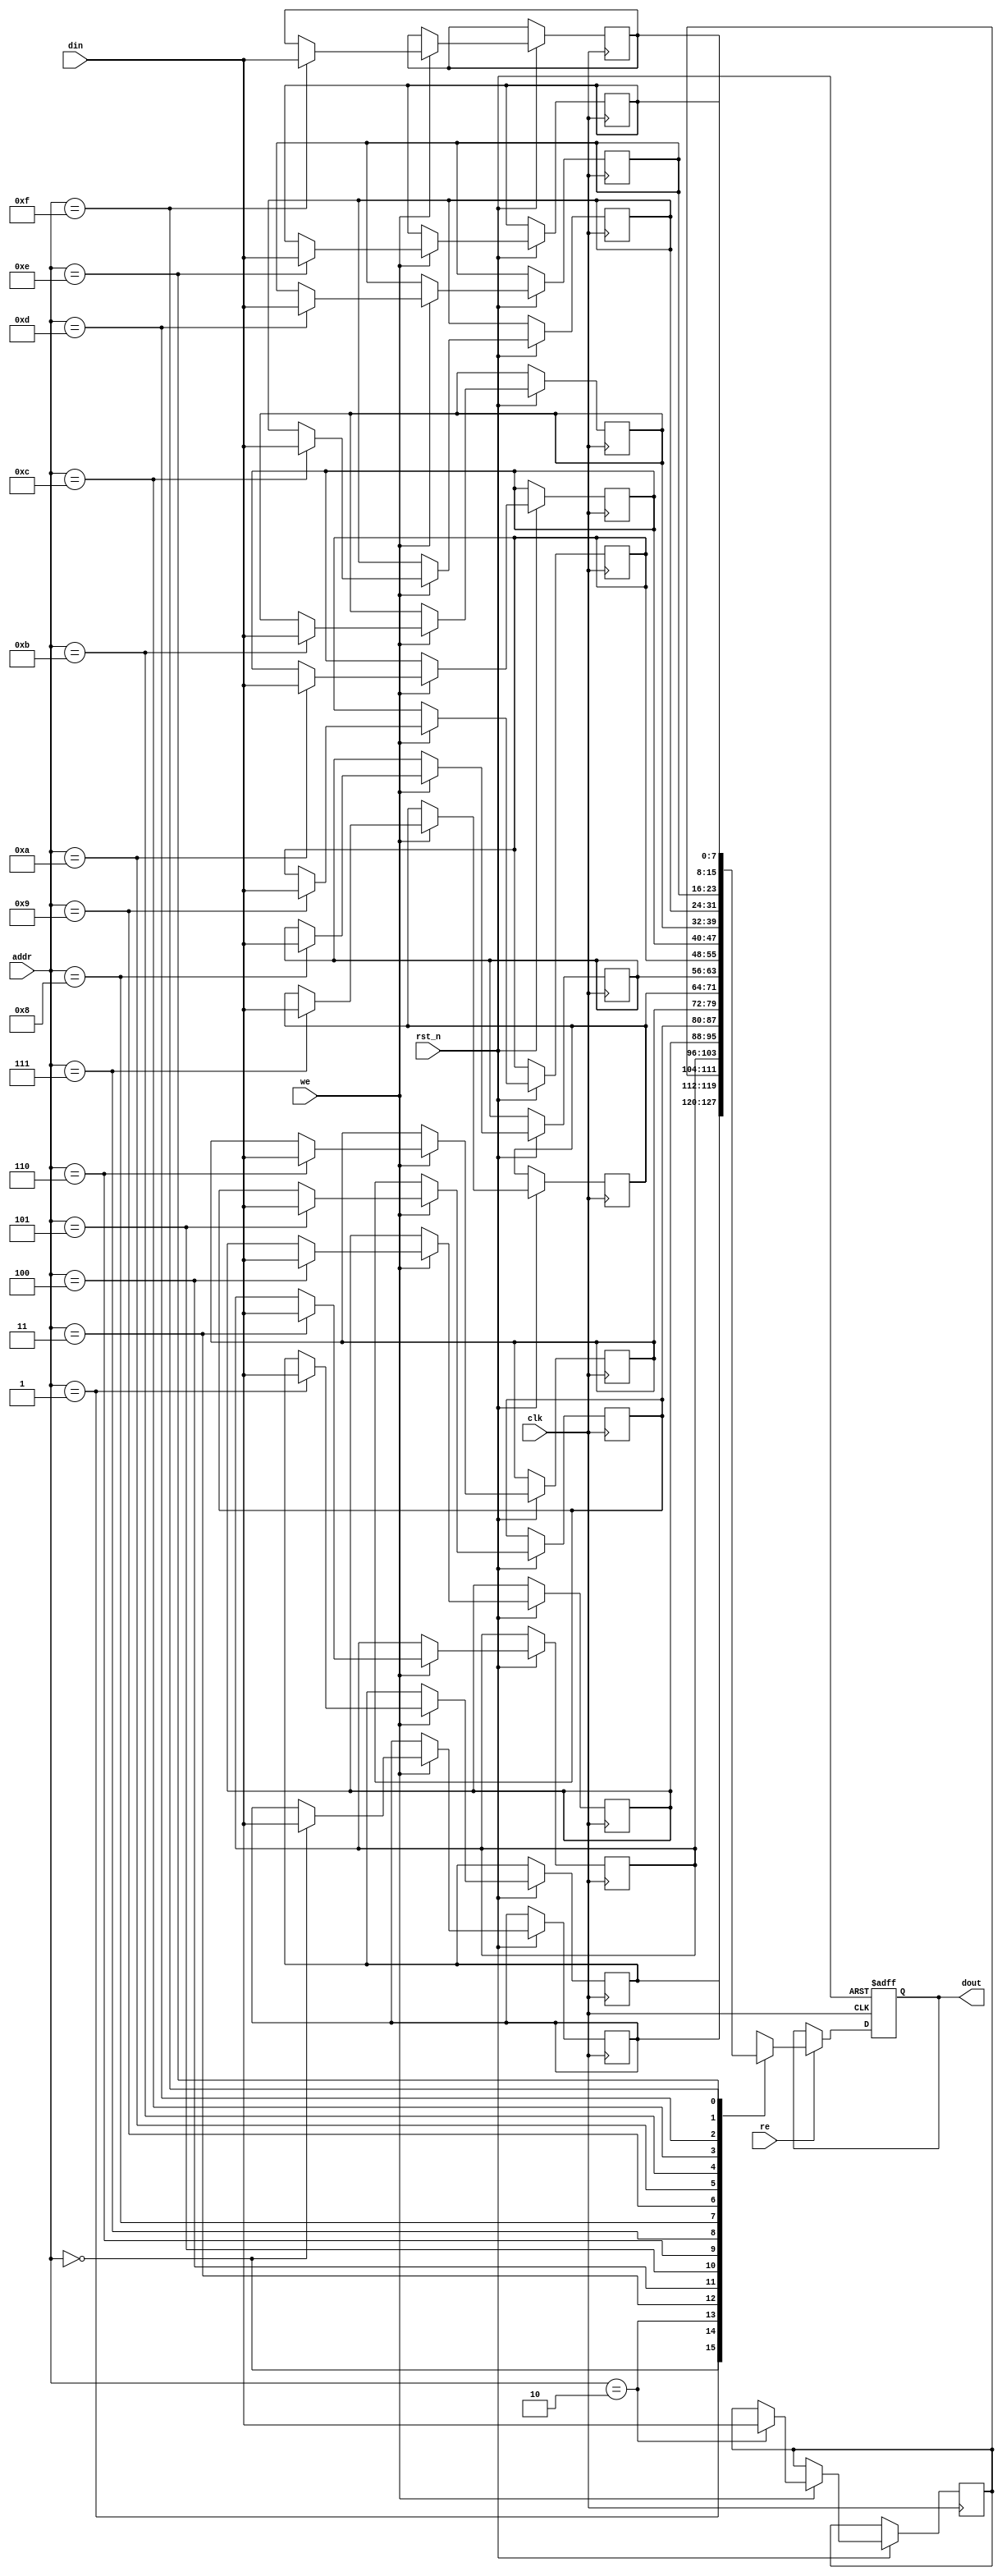
module low_power_sram #(
    parameter ADDR_WIDTH = 4, // Address width
    parameter DATA_WIDTH = 8,  // Data width
    parameter MEM_SIZE = 1 << ADDR_WIDTH // Memory size
)(
    input wire clk,
    input wire rst_n,
    input wire we, // Write enable
    input wire re, // Read enable
    input wire [ADDR_WIDTH-1:0] addr, // Address input
    input wire [DATA_WIDTH-1:0] din, // Data input
    output reg [DATA_WIDTH-1:0] dout // Data output
);

    // Memory array (2D array of registers)
    reg [DATA_WIDTH-1:0] mem [0:MEM_SIZE-1];

    // Control logic
    always @(posedge clk or negedge rst_n) begin
        if (!rst_n) begin
            dout <= 0; // Reset output
        end else begin
            if (we) begin
                // Write operation
                mem[addr] <= din;
            end
            if (re) begin
                // Read operation
                dout <= mem[addr];
            end
        end
    end

    // Address decoder (simple direct mapping in this case)
    // In a more complex design, you would implement hierarchical decoding

    // Power management (simplified)
    // Implementing clock gating and power gating would require additional logic
    // Here we assume the clock is always active for simplicity

endmodule